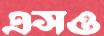
এসও